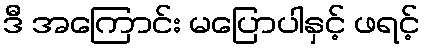
ဒီ အကြောင်း မပြောပါနှင့် ဖရင့်